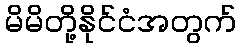
မိမိတို့နိုင်ငံအတွက်